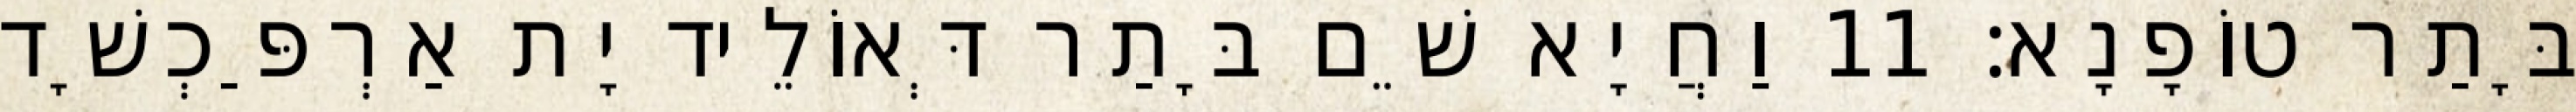
בָּתַר טוֹפָנָא׃ 11 וַחֲיָא שֵׁם בָּתַר דְּאוֹלֵיד יָת אַרְפַּכְשָׁד